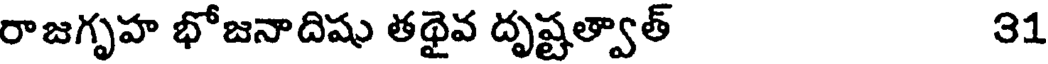
రాజగృహ భోజనాదిషు తథైవ దృష్టత్వాత్ 31